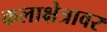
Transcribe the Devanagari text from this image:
कलाक्षेत्रावर